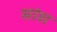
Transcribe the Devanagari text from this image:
सांश